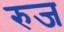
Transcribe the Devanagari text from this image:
रुज